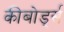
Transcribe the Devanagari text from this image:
कीबोर्ड्स